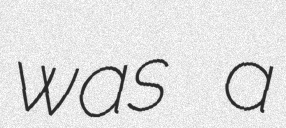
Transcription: was a